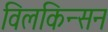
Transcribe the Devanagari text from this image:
विलकिन्सन